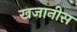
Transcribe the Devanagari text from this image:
खजानीस